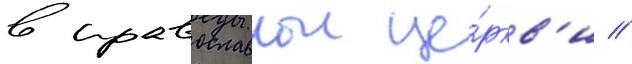
в православнои це́ркв'и //